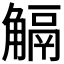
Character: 𧤜